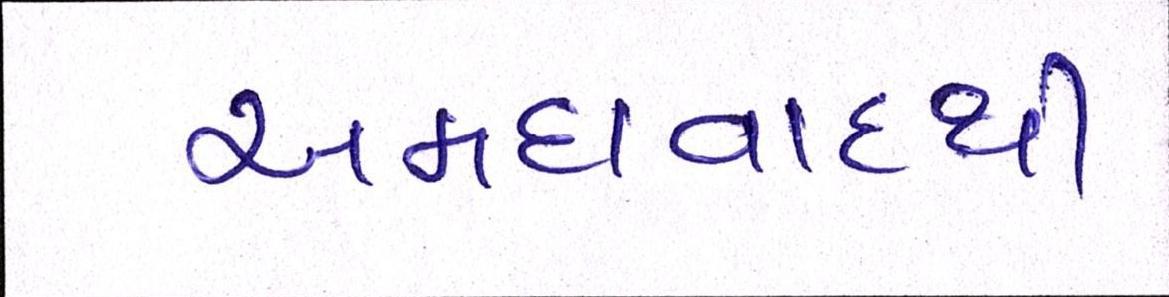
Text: અમદાવાદથી